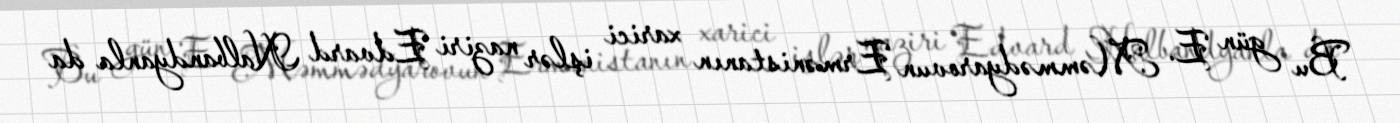
Bu gün E. Məmmədyarovun Ermənistanın xarici işlər naziri Edvard Nalbandyanla da